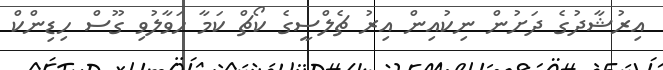
އިރުޝާދުގެ ދަށުން ނިކުއިން އިރު ޗެލްސީގެ ކޯޗް ކަމާ ހަވާލުވި ގޫސް ހިޑިންކް